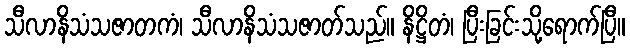
သီလာနိသံသဇာတကံ၊ သီလာနိသံသဇာတ်သည်။ နိဋ္ဌိတံ၊ ပြီးခြင်းသို့ရောက်ပြီ။